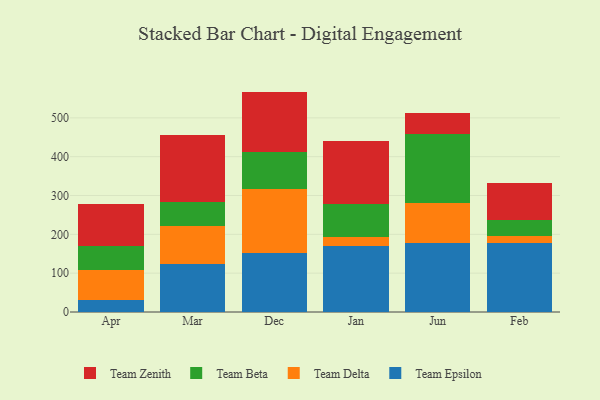
{"axis": {"x": "Month", "y": "Gross Profit (USD K)"}, "legend": ["Team Beta", "Team Delta", "Team Epsilon", "Team Zenith"], "data": [{"x": "Apr", "y": 30.3, "type": "Team Epsilon"}, {"x": "Apr", "y": 77.2, "type": "Team Delta"}, {"x": "Apr", "y": 61.6, "type": "Team Beta"}, {"x": "Apr", "y": 108.5, "type": "Team Zenith"}, {"x": "Mar", "y": 123.3, "type": "Team Epsilon"}, {"x": "Mar", "y": 98.2, "type": "Team Delta"}, {"x": "Mar", "y": 62.1, "type": "Team Beta"}, {"x": "Mar", "y": 171.9, "type": "Team Zenith"}, {"x": "Dec", "y": 152.5, "type": "Team Epsilon"}, {"x": "Dec", "y": 164.2, "type": "Team Delta"}, {"x": "Dec", "y": 95.5, "type": "Team Beta"}, {"x": "Dec", "y": 155.4, "type": "Team Zenith"}, {"x": "Jan", "y": 170.9, "type": "Team Epsilon"}, {"x": "Jan", "y": 21.9, "type": "Team Delta"}, {"x": "Jan", "y": 85.4, "type": "Team Beta"}, {"x": "Jan", "y": 161.2, "type": "Team Zenith"}, {"x": "Jun", "y": 178.8, "type": "Team Epsilon"}, {"x": "Jun", "y": 101.2, "type": "Team Delta"}, {"x": "Jun", "y": 178.6, "type": "Team Beta"}, {"x": "Jun", "y": 55.0, "type": "Team Zenith"}, {"x": "Feb", "y": 176.5, "type": "Team Epsilon"}, {"x": "Feb", "y": 19.8, "type": "Team Delta"}, {"x": "Feb", "y": 41.4, "type": "Team Beta"}, {"x": "Feb", "y": 95.2, "type": "Team Zenith"}]}